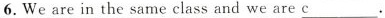
6. We are in the same class and we are c___